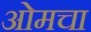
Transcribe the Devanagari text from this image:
ओमचा